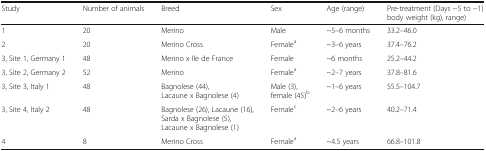
| Study | Number of animals | Breed | Sex | Age (range) | Pre-treatment (Days −5 to −1) body weight (kg), range) |
 | --- | --- | --- | --- | --- | --- |
 | 1 | 20 | Merino | Male | ~5–6 months | 33.2–46.0 |
 | 2 | 20 | Merino Cross | Femalea | ~3–6 years | 37.4–76.2 |
 | 3, Site 1, Germany 1 | 48 | Merino x Ile de France | Female | ~6 months | 25.2–44.2 |
 | 3, Site 2, Germany 2 | 52 | Merino | Femalea | ~2–7 years | 37.8–81.6 |
 | 3, Site 3, Italy 1 | 48 | Bagnolese (44),Lacaune x Bagnolese (4) | Male (3), female (45)b | ~1–6 years | 55.5–104.7 |
 | 3, Site 4, Italy 2 | 48 | Bagnolese (26), Lacaune (16), Sarda x Bagnolese (5),Lacaune x Bagnolese (1) | Femalec | ~2–6 years | 40.2–71.4 |
 | 4 | 8 | Merino Cross | Femalea | ~4.5 years | 66.8–101.8 |